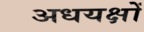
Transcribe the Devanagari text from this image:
अधयक्षों